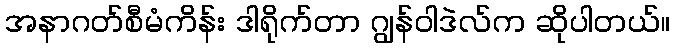
အနာဂတ်စီမံကိန်း ဒါရိုက်တာ ဂျွန်ဝါဒဲလ်က ဆိုပါတယ်။